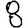
Digit: 8